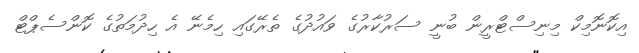
އިކޮނޮމިކް މިނިސްޓްރީން ބުނީ ސަރުކާރުގެ ވައުދުގެ ތެރޭގައި ހިމެނޭ އެ ހިދުމަތުުގެ ކޮންސެޕްޓް